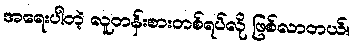
အရေးပါတဲ့ လူတန်းစားတစ်ရပ်လို ဖြစ်လာတယ်။